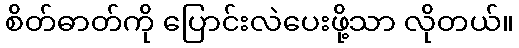
စိတ်ဓာတ်ကို ပြောင်းလဲပေးဖို့သာ လိုတယ်။